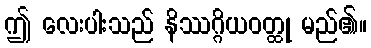
ဤ လေးပါးသည် နိဿဂ္ဂိယဝတ္ထု မည်၏။